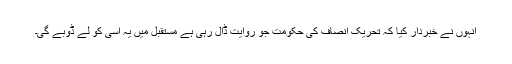
انہوں نے خبردار کیا کہ تحریک انصاف کی حکومت جو روایت ڈال رہی ہے مستقبل میں یہ اسی کو لے ڈوبے گی۔